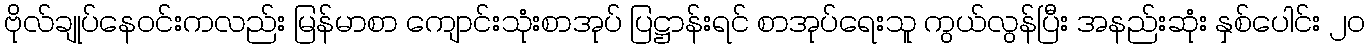
ဗိုလ်ချုပ်နေဝင်းကလည်း မြန်မာစာ ကျောင်းသုံးစာအုပ် ပြဋ္ဌာန်းရင် စာအုပ်ရေးသူ ကွယ်လွန်ပြီး အနည်းဆုံး နှစ်ပေါင်း ၂ဝ